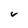
Character: v